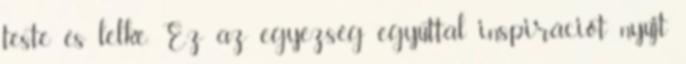
teste és lelke. Ez az egyezség egyúttal inspirációt nyújt